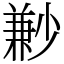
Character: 㝺